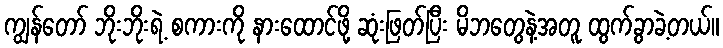
ကျွန်တော် ဘိုးဘိုးရဲ့ စကားကို နားထောင်ဖို့ ဆုံးဖြတ်ပြီး မိဘတွေနဲ့အတူ ထွက်ခွာခဲ့တယ်။